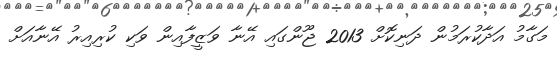
މަގާމު އަދާކުރަމުން ދަނިކޮށް 2013 ޖޫންގައި އޭނާ ވަޒީފާއިން ވަކި ކުރިއިރު އޭނާއަށް